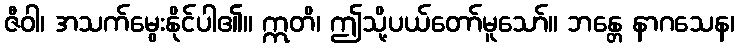
ဇီဝါ၊ အသက်မွေးနိုင်ပါ၏။ ဣတိ၊ ဤသို့ပယ်တော်မူသော်။ ဘန္တေ နာဂသေန၊